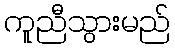
ကူညီသွားမည်